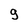
Character: g